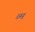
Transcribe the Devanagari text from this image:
व्म